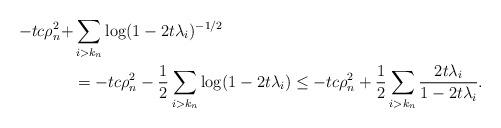
LaTeX: \begin{align*} -tc\rho_n^2 + &\sum_{i>k_n}\log (1-2t\lambda_i)^{-1/2}\\ &= -tc\rho_n^2 - \frac{1}{2} \sum_{i>k_n}\log (1-2t\lambda_i) \leq -tc\rho_n^2 + \frac{1}{2} \sum_{i>k_n}\frac{2t\lambda_i}{1-2t\lambda_i}.\end{align*}